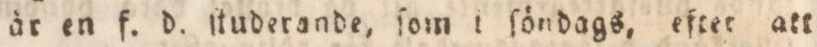
är en f. d. ſtuderande, ſom i ſöndags, eftet att